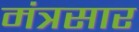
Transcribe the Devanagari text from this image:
मंत्रसार